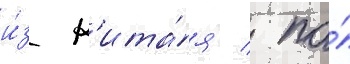
и́з к'ита́я / по́